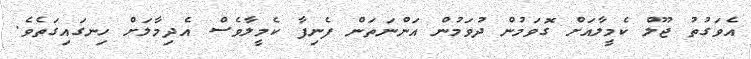
އެވަގުތު ޖޫލް ކެމީލާއަށް ގޮވަމުން ދުވަމުން އަންނަތަން ފެނިފާ ކެމީލާވެސް އެދިމާލަށް ހިނގައިގަތެވެ.